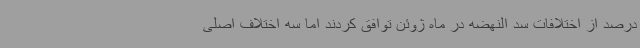
درصد از اختلافات سد النهضه در ماه ژوئن توافق کردند اما سه اختلاف اصلی